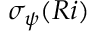
\sigma _ { \psi } ( R i )